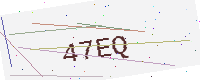
Text: 47EQ